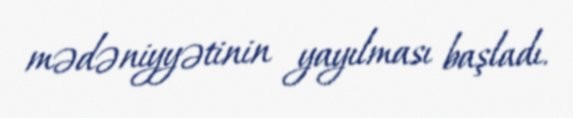
mədəniyyətinin yayılması başladı.